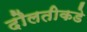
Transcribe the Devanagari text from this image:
दौलतीकडे